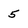
Character: 5